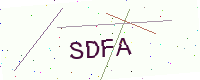
Text: SDFA